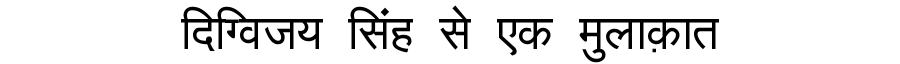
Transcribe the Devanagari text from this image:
दिग्विजय सिंह से एक मुलाक़ात